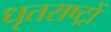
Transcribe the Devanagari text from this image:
धृतराष्ट्रों